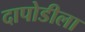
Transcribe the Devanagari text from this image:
दापोडीला